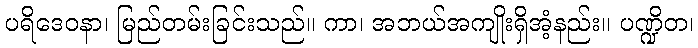
ပရိဒေဝနာ၊ မြည်တမ်းခြင်းသည်။ ကာ၊ အဘယ်အကျိုးရှိအံ့နည်း။ ပဏ္ဍိတ၊